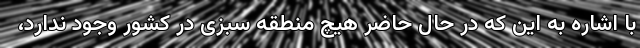
با اشاره به این که در حال حاضر هیچ منطقه سبزی در کشور وجود ندارد،